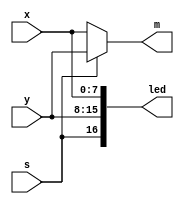
module muxx(s,x,led,y,m);

   input [7:0]x;
	input [7:0]y;
	input s;
	output [16:0]led;
	output [7:0]m;
	
	assign led[7:0] = x;
	assign led[15:8] = y;
	assign led[16] = s;
	assign m = (s ==1'b1) ? y:x;
endmodule